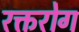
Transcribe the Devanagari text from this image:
रक्तरोग